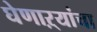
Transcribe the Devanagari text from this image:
घेणाऱ्यांचा